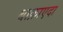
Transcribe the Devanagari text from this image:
बाक़ाएदा